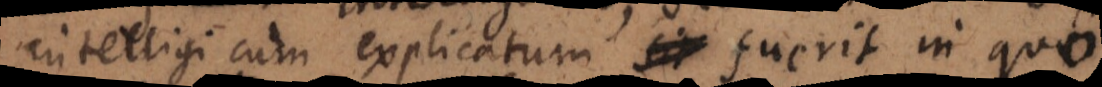
intelligi cum explicatum fuerit in quo